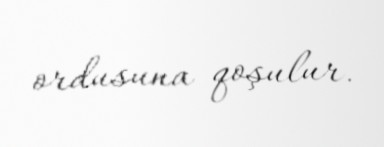
ordusuna qoşulur.